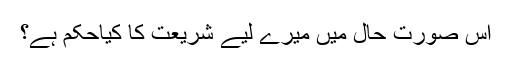
اس صورت حال میں میرے لیے شریعت کا کیاحکم ہے؟